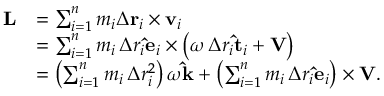
{ \begin{array} { r l } { \mathbf { L } } & { = \sum _ { i = 1 } ^ { n } m _ { i } \Delta \mathbf { r } _ { i } \times \mathbf { v } _ { i } } \\ & { = \sum _ { i = 1 } ^ { n } m _ { i } \, \Delta r _ { i } \mathbf { \hat { e } } _ { i } \times \left( \omega \, \Delta r _ { i } \mathbf { \hat { t } } _ { i } + \mathbf { V } \right) } \\ & { = \left( \sum _ { i = 1 } ^ { n } m _ { i } \, \Delta r _ { i } ^ { 2 } \right) \omega \mathbf { \hat { k } } + \left( \sum _ { i = 1 } ^ { n } m _ { i } \, \Delta r _ { i } \mathbf { \hat { e } } _ { i } \right) \times \mathbf { V } . } \end{array} }